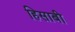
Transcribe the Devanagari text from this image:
हिसाबी